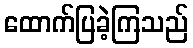
ထောက်ပြခဲ့ကြသည်